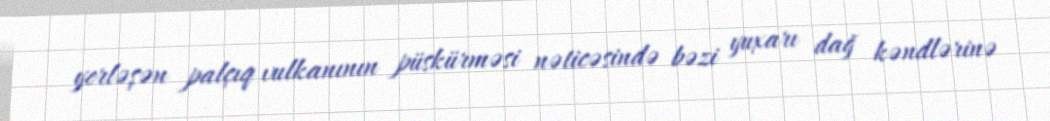
yerləşən palçıq vulkanının püskürməsi nəticəsində bəzi yuxarı dağ kəndlərinə